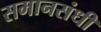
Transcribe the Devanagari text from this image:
समानसंधी